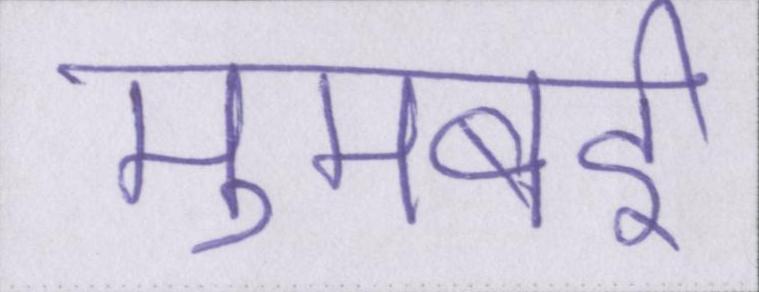
मुमबई